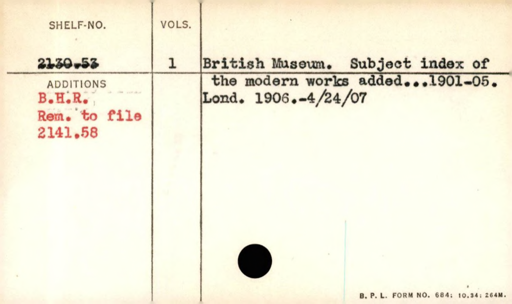
Label: content